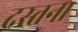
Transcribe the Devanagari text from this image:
दस्तना